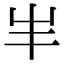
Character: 𡴀